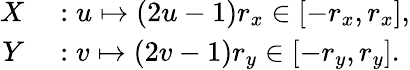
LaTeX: \begin{array}{rl}{X}&{{}:u\mapsto(2u-1)r_{x}\in[-r_{x},r_{x}],}\\ {Y}&{{}:v\mapsto(2v-1)r_{y}\in[-r_{y},r_{y}].}\end{array}